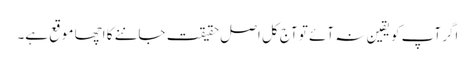
اگر آپ کو یقین نہ آئے تو آج کل اصل حقیقت جاننے کا اچھا موقع ہے۔